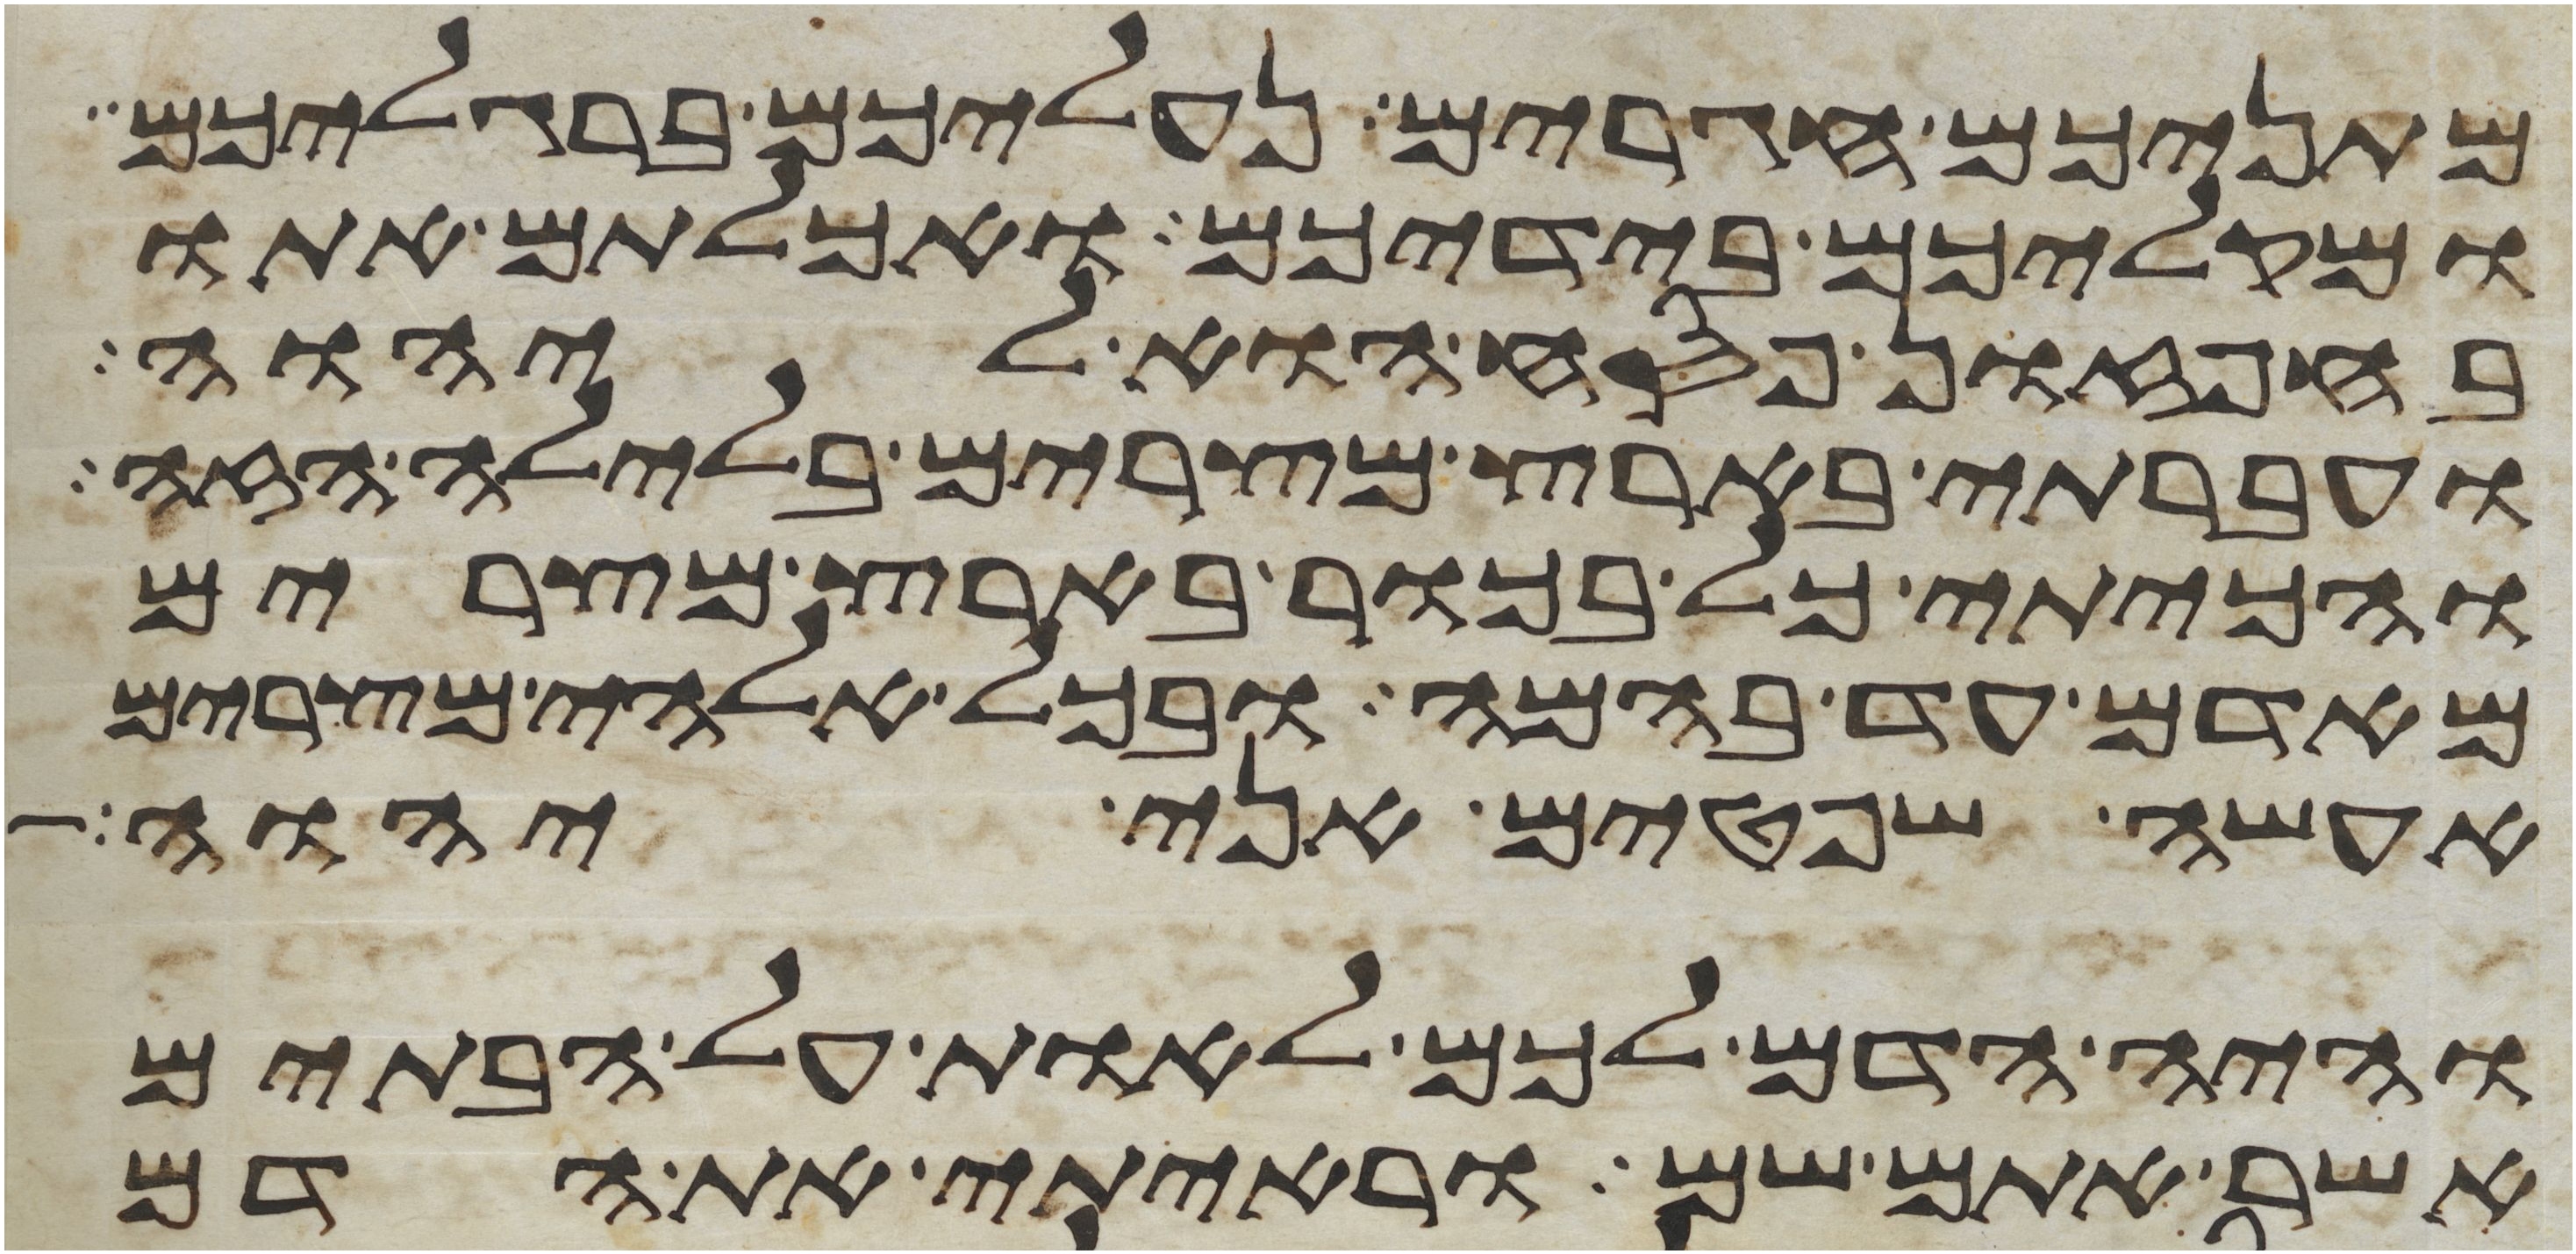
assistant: מתניכם חגרים נעליכם ברגליכם
ומקליכם בידיכם ואכלתם אתו
בחפזון פסח הוא ליהוה
ועברתי בארץ מצרים בלילה הזה
והכיתי כל בכור בארץ מצרים
מאדם עד בהמה ובכל אלהי מצרים
אעשה שפטים אני יהוה
והיה הדם לכם לאות על הבתים
אשר אתם שם וראיתי את הדם